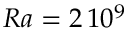
R a = 2 \, 1 0 ^ { 9 }